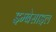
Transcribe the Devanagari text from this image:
इम्बेसाइल